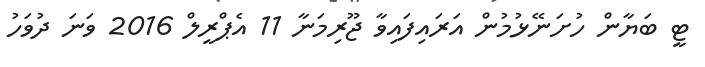
ޓީ ބަޔާން ހުށަނޭޅުމުން އަރައިފައިވާ ޖޫރިމަނާ 11 އެޕްރީލް 2016 ވަނަ ދުވަހު